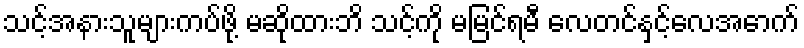
သင့်အနားသူများကပ်ဖို့ မဆိုထားဘိ သင့်ကို မမြင်ရမီ လေတင်နှင့်လေအောက်